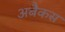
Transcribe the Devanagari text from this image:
अबैकस